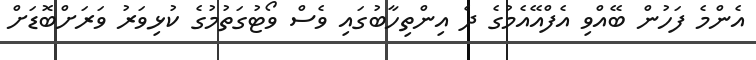
އެންމެ ފަހުން ބޭއްވި އެފްއޭއެމުގެ ދެ އިންތިހާބުގައި ވެސް ވޯޓުގަތުމުގެ ކުޅިވަރު ވަރަށްބޮޑަށް